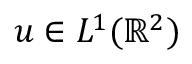
u \in L ^ { 1 } ( \mathbb { R } ^ { 2 } )